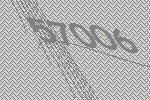
57006